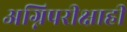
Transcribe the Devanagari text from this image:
अग्निपरीक्षाही